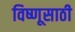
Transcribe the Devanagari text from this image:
विष्णूसाठी